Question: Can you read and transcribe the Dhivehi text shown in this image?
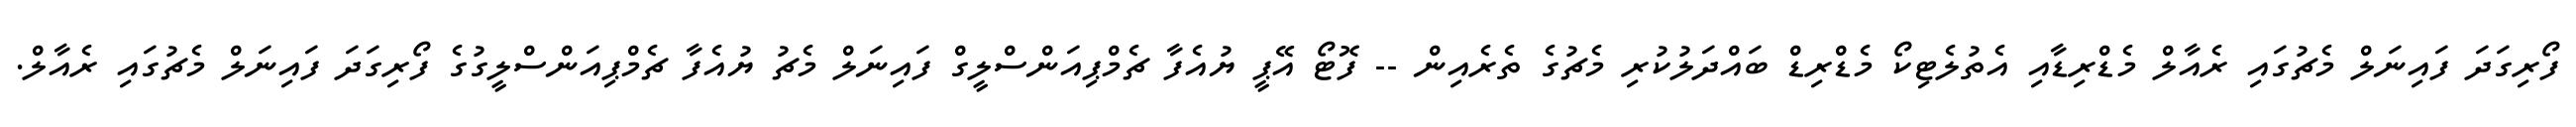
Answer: ފޯރިގަދަ ފައިނަލް މެޗުގައި ރެއާލް މެޑްރިޑާއި އެތުލެޓިކޯ މެޑްރިޑް ބައްދަލުކުރި މެޗުގެ ތެރެއިން -- ފޮޓޯ އޭޕީ ޔުއެފާ ޗެމްޕިއަންސްލީގް ފައިނަލް މެޗު ޔުއެފާ ޗެމްޕިއަންސްލީގުގެ ފޯރިގަދަ ފައިނަލް މެޗުގައި ރެއާލް.